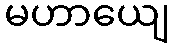
မဟာယျေ